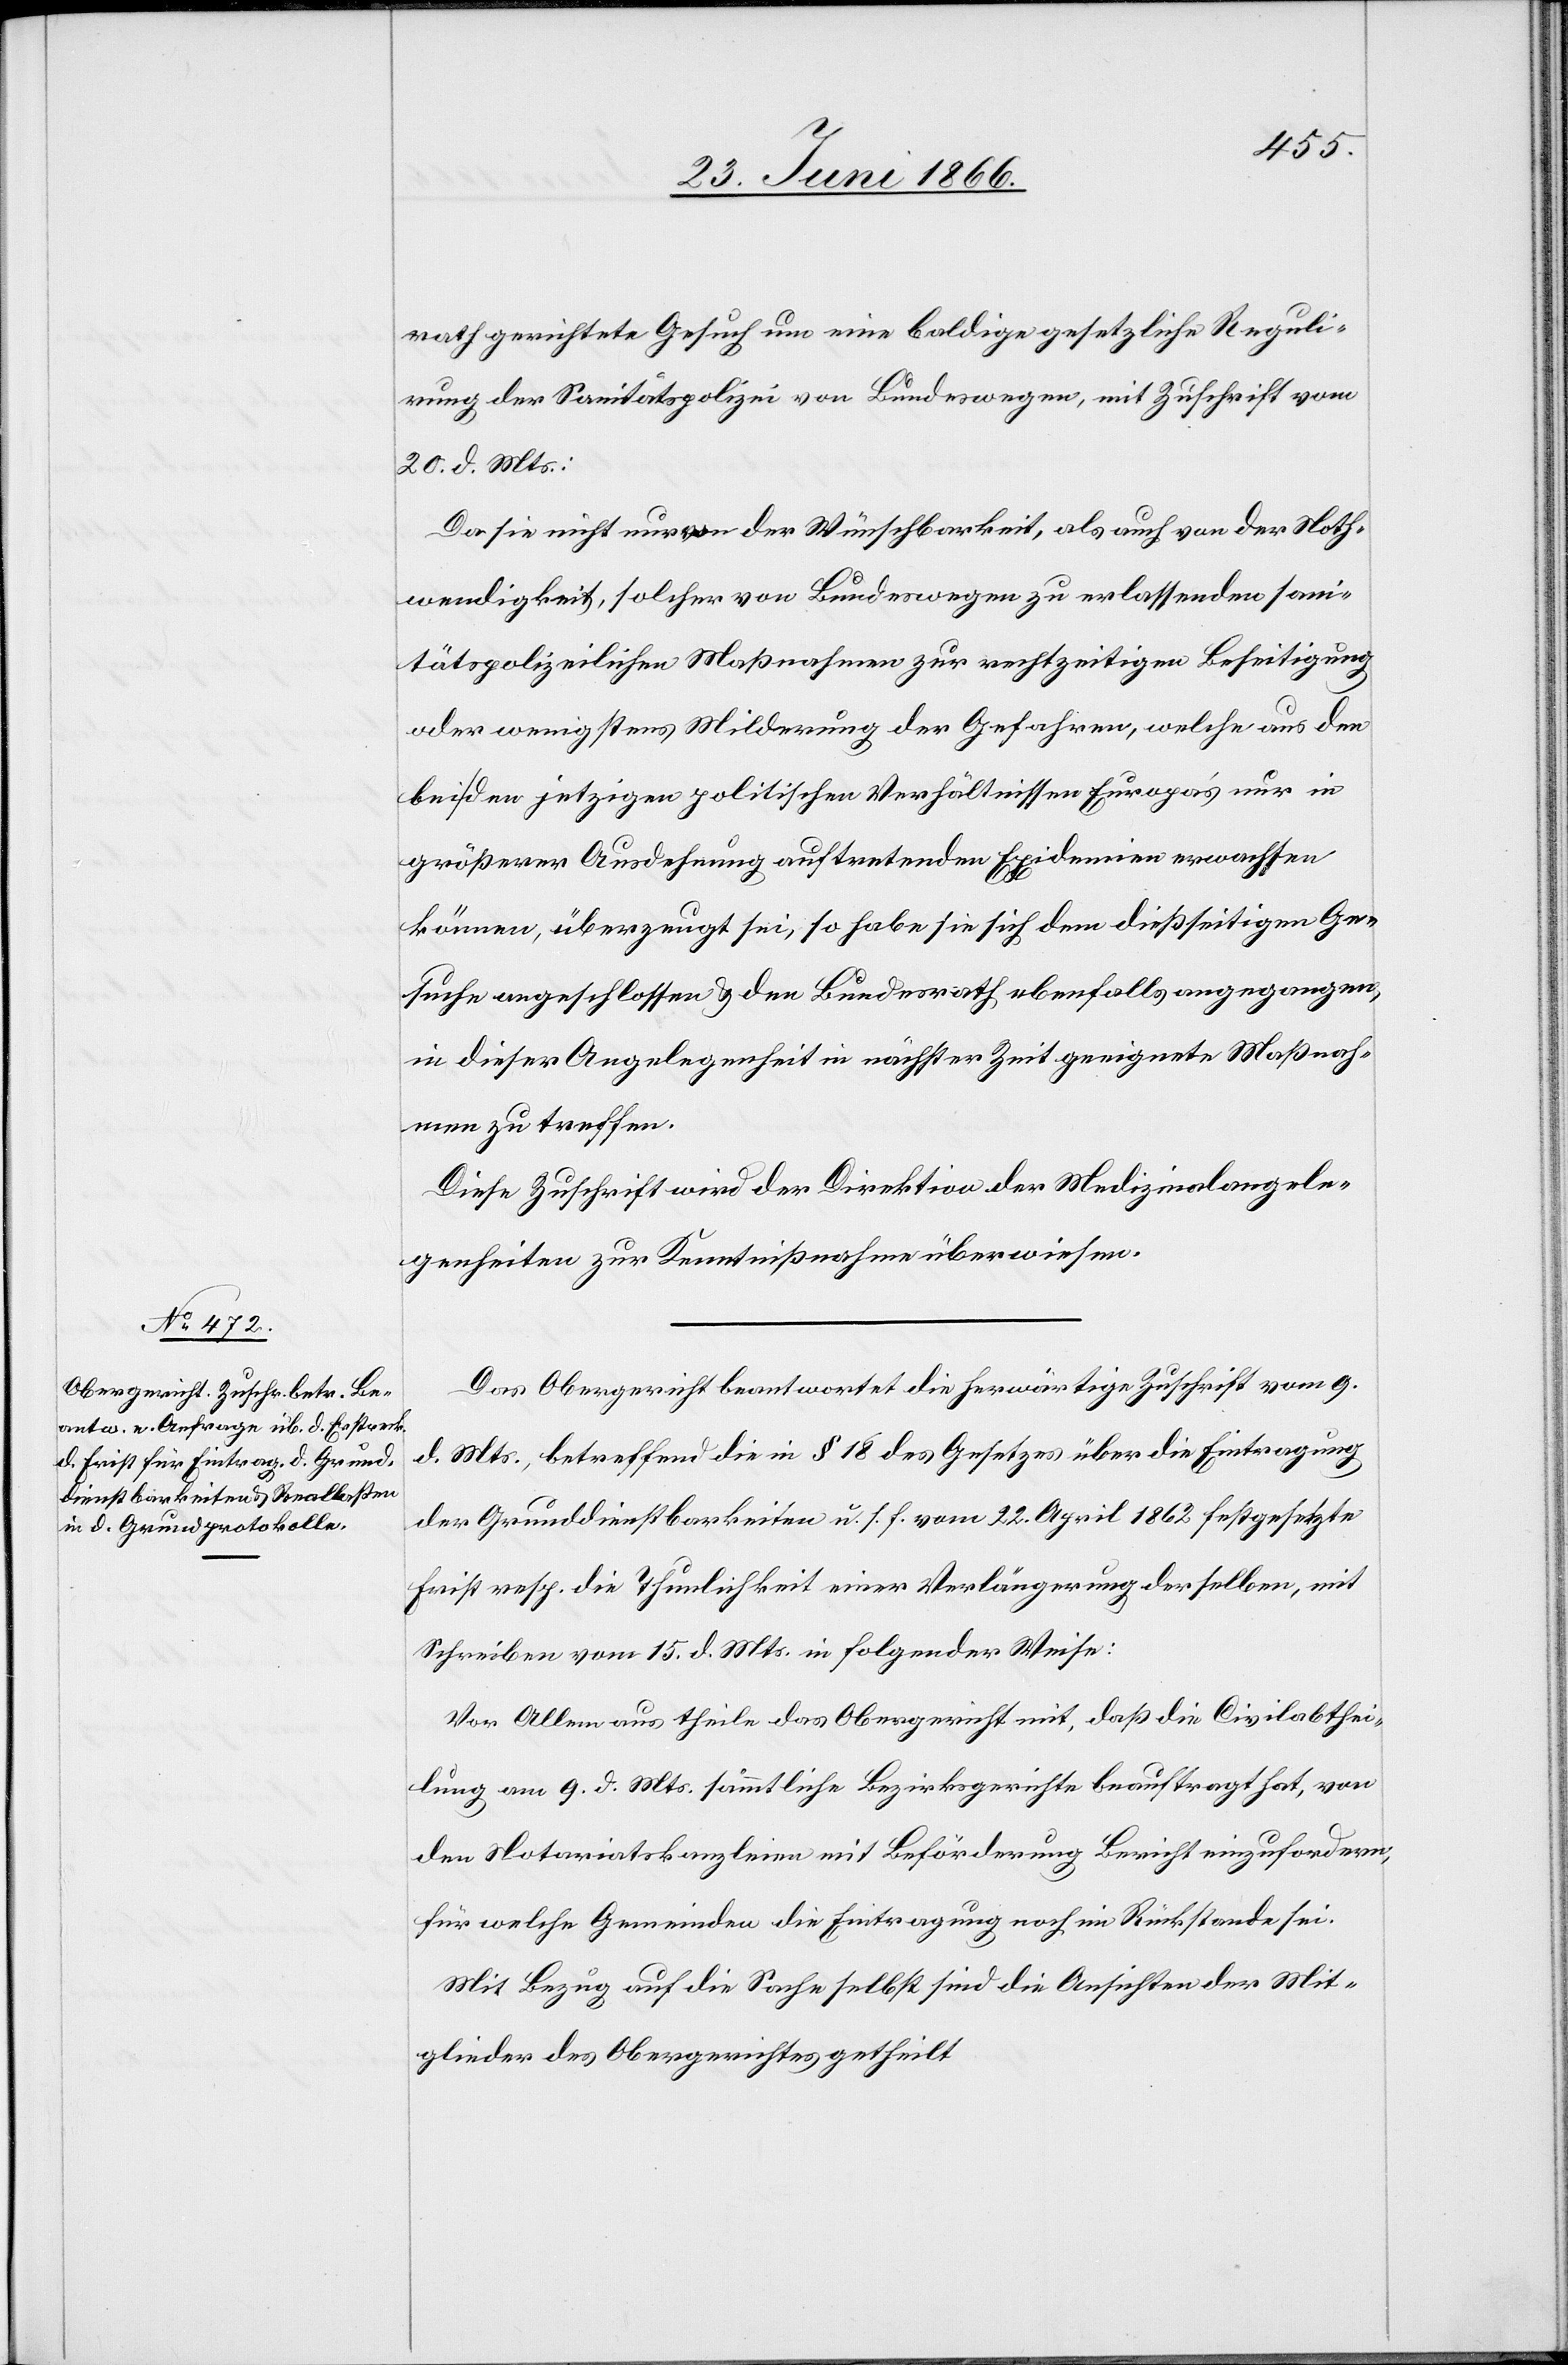
rath gerichtete Gesuch um eine baldige gesetzliche Reguli¬
rung der Sanitätspolizei von Bundeswegen, mit Zuschrift vom
20. d. Mts:
Da sie nicht nur von der Wünschbarkeit, als auch von der Noth¬
wendigkeit, solcher von Bundeswegen zu erlassenden sani¬
tätsgesetzlichen Maßnahmen zur rechtzeitigen Beseitigung
oder wenigstens Milderung der Gefahren, welche aus den
bei den jetzigen politischen Verhältnissen Europa’s nur in
größerer Ausdehnung auftretenden Epidemien erwachsen
können, überzeugt sei, so habe sie sich dem dießseitigen Ge¬
suche angeschlossen u. den Bundesrath ebenfalls angegangen,
in dieser Angelegenheit in nächster Zeit geeignete Maßnah¬
men zu treffen.
Diese Zuschrift wird der Direktion der Medizinalangele¬
genheiten zur Kenntnißnahme überwiesen.
Das Obergericht beantwortet die herwärtige Zuschrift vom 9.
d. Mts., betreffend die in § 18 des Gesetzes über die Eintragung
der Grunddienstbarkeiten u. s. f. vom 22. April 1862 festgesetzte
Frist resp. die Thunlichkeit einer Verlängerung derselben, mit
Schreiben vom 15. d. Mts. in folgender Weise:
Vor Allem aus theile das Obergericht mit, daß die Civilabthei¬
lung am 9. d. Mts. sämmtliche Bezirksgerichte beauftragt hat, von
den Notariatskanzleien mit Beförderung Bericht einzufordern,
für welche Gemeinden die Eintragung noch im Rückstande sei.
Mit Bezug auf die Sache selbst sind die Ansichten der Mit¬
glieder des Obergerichtes getheilt[.]